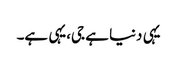
یہی دنیا ہے جی،یہی ہے۔